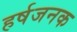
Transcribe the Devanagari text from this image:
हर्षजनक